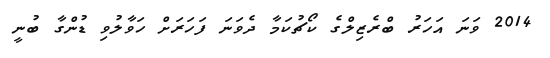
2014 ވަނަ އަހަރު ބްރެޒިލްގެ ކޯޗުކަމާ ދެވަނަ ފަހަރަށް ހަވާލުވި ޑުންގާ ބުނީ